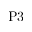
\mathrm { P 3 }